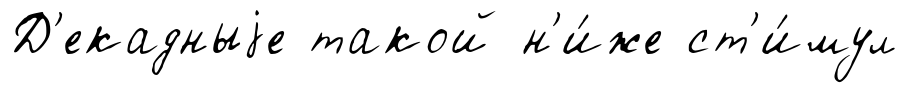
Д'екадныjе такой н'и́же ст'и́мул